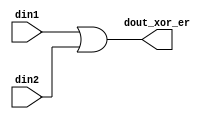
module xor_er #(parameter DWIDTH = 8)(din1,din2,dout_xor_er);
input [DWIDTH-1:0] din1;
input [DWIDTH-1:0] din2;
output [DWIDTH-1:0] dout_xor_er;

assign dout_xor_er = din1 | din2;

endmodule